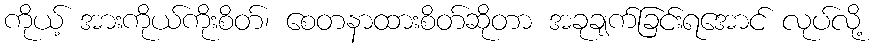
ကိုယ့် အားကိုယ်ကိုးစိတ်၊ စေတနာထားစိတ်ဆိုတာ အခုချက်ခြင်းရအောင် လုပ်လို့